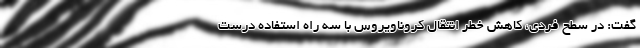
گفت: در سطح فردی، کاهش خطر انتقال کروناویروس با سه راه استفاده درست